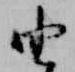
由